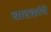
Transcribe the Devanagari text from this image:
वादकांचे